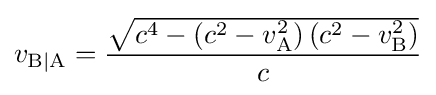
v_{\mathrm {B|A} }={\frac {\sqrt {c^{4}-\left(c^{2}-v_{\mathrm {A} }^{2}\right)\left(c^{2}-v_{\mathrm {B} }^{2}\right)}}{c}}